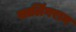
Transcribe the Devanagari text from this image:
सालिंगराम